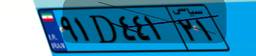
۹۱D۴۴۱۲۱